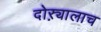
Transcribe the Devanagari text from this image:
दोऱ्यालाच